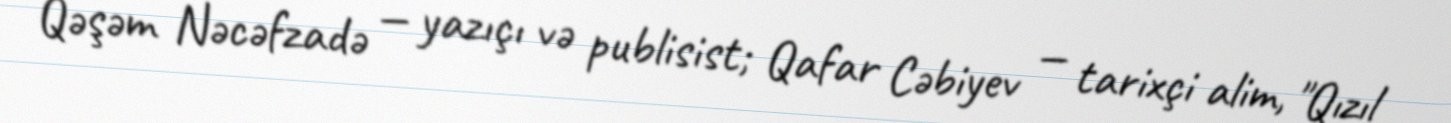
Qəşəm Nəcəfzadə — yazıçı və publisist; Qafar Cəbiyev — tarixçi alim, "Qızıl